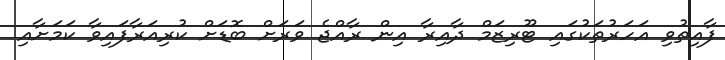
ފާއިތުވި އަހަރުތަކުގައި ޓޫރިޒަމް ދާއިރާ އިން ރާއްޖެ ވަރަށް ބޮޑަށް ކުރިއަރާފައިވާ ކަމަށާއި